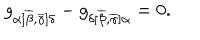
LaTeX: g _ { \alpha [ \overline { { { \beta } } } , \overline { { { \gamma } } } ] \delta } - g _ { \delta [ \overline { { { \beta } } } , \overline { { { \gamma } } } ] \alpha } = 0 .